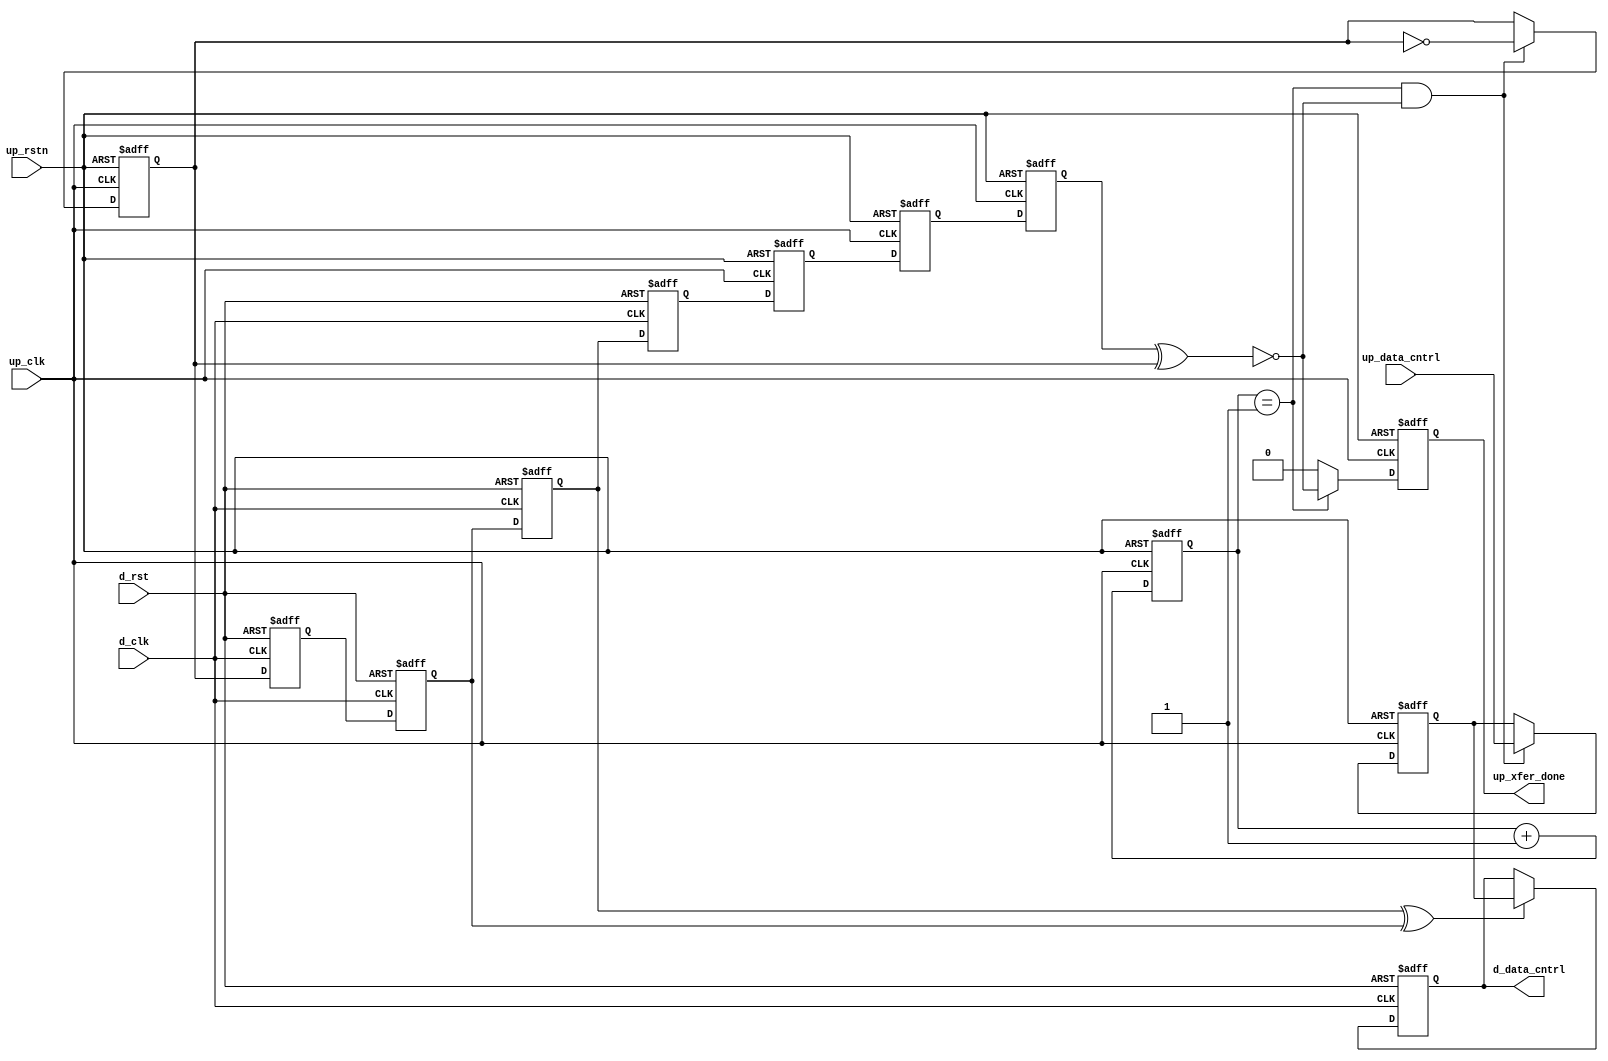
// ***************************************************************************
// ***************************************************************************
// Copyright 2011(c) Analog Devices, Inc.
// 
// All rights reserved.
// 
// Redistribution and use in source and binary forms, with or without modification,
// are permitted provided that the following conditions are met:
//     - Redistributions of source code must retain the above copyright
//       notice, this list of conditions and the following disclaimer.
//     - Redistributions in binary form must reproduce the above copyright
//       notice, this list of conditions and the following disclaimer in
//       the documentation and/or other materials provided with the
//       distribution.
//     - Neither the name of Analog Devices, Inc. nor the names of its
//       contributors may be used to endorse or promote products derived
//       from this software without specific prior written permission.
//     - The use of this software may or may not infringe the patent rights
//       of one or more patent holders.  This license does not release you
//       from the requirement that you obtain separate licenses from these
//       patent holders to use this software.
//     - Use of the software either in source or binary form, must be run
//       on or directly connected to an Analog Devices Inc. component.
//    
// THIS SOFTWARE IS PROVIDED BY ANALOG DEVICES "AS IS" AND ANY EXPRESS OR IMPLIED WARRANTIES,
// INCLUDING, BUT NOT LIMITED TO, NON-INFRINGEMENT, MERCHANTABILITY AND FITNESS FOR A
// PARTICULAR PURPOSE ARE DISCLAIMED.
//
// IN NO EVENT SHALL ANALOG DEVICES BE LIABLE FOR ANY DIRECT, INDIRECT, INCIDENTAL, SPECIAL,
// EXEMPLARY, OR CONSEQUENTIAL DAMAGES (INCLUDING, BUT NOT LIMITED TO, INTELLECTUAL PROPERTY
// RIGHTS, PROCUREMENT OF SUBSTITUTE GOODS OR SERVICES; LOSS OF USE, DATA, OR PROFITS; OR 
// BUSINESS INTERRUPTION) HOWEVER CAUSED AND ON ANY THEORY OF LIABILITY, WHETHER IN CONTRACT,
// STRICT LIABILITY, OR TORT (INCLUDING NEGLIGENCE OR OTHERWISE) ARISING IN ANY WAY OUT OF 
// THE USE OF THIS SOFTWARE, EVEN IF ADVISED OF THE POSSIBILITY OF SUCH DAMAGE.
// ***************************************************************************
// ***************************************************************************

`timescale 1ns/100ps

module up_xfer_cntrl (

  // up interface

  up_rstn,
  up_clk,
  up_data_cntrl,
  up_xfer_done,

  // device interface

  d_rst,
  d_clk,
  d_data_cntrl);

  // parameters

  parameter     DATA_WIDTH = 8;
  localparam    DW = DATA_WIDTH - 1;

  // up interface

  input           up_rstn;
  input           up_clk;
  input   [DW:0]  up_data_cntrl;
  output          up_xfer_done;

  // device interface

  input           d_rst;
  input           d_clk;
  output  [DW:0]  d_data_cntrl;

  // internal registers

  reg             up_xfer_state_m1 = 'd0;
  reg             up_xfer_state_m2 = 'd0;
  reg             up_xfer_state = 'd0;
  reg     [ 5:0]  up_xfer_count = 'd0;
  reg             up_xfer_done = 'd0;
  reg             up_xfer_toggle = 'd0;
  reg     [DW:0]  up_xfer_data = 'd0;
  reg             d_xfer_toggle_m1 = 'd0;
  reg             d_xfer_toggle_m2 = 'd0;
  reg             d_xfer_toggle_m3 = 'd0;
  reg             d_xfer_toggle = 'd0;
  reg     [DW:0]  d_data_cntrl = 'd0;

  // internal signals

  wire            up_xfer_enable_s;
  wire            d_xfer_toggle_s;

  // device control transfer

  assign up_xfer_enable_s = up_xfer_state ^ up_xfer_toggle;

  always @(negedge up_rstn or posedge up_clk) begin
    if (up_rstn == 1'b0) begin
      up_xfer_state_m1 <= 'd0;
      up_xfer_state_m2 <= 'd0;
      up_xfer_state <= 'd0;
      up_xfer_count <= 'd0;
      up_xfer_done <= 'd0;
      up_xfer_toggle <= 'd0;
      up_xfer_data <= 'd0;
    end else begin
      up_xfer_state_m1 <= d_xfer_toggle;
      up_xfer_state_m2 <= up_xfer_state_m1;
      up_xfer_state <= up_xfer_state_m2;
      up_xfer_count <= up_xfer_count + 1'd1;
      up_xfer_done <= (up_xfer_count == 6'd1) ? ~up_xfer_enable_s : 1'b0;
      if ((up_xfer_count == 6'd1) && (up_xfer_enable_s == 1'b0)) begin
        up_xfer_toggle <= ~up_xfer_toggle;
        up_xfer_data <= up_data_cntrl;
      end
    end
  end

  assign d_xfer_toggle_s = d_xfer_toggle_m3 ^ d_xfer_toggle_m2;

  always @(posedge d_clk or posedge d_rst) begin
    if (d_rst == 1'b1) begin
      d_xfer_toggle_m1 <= 'd0;
      d_xfer_toggle_m2 <= 'd0;
      d_xfer_toggle_m3 <= 'd0;
      d_xfer_toggle <= 'd0;
      d_data_cntrl <= 'd0;
    end else begin
      d_xfer_toggle_m1 <= up_xfer_toggle;
      d_xfer_toggle_m2 <= d_xfer_toggle_m1;
      d_xfer_toggle_m3 <= d_xfer_toggle_m2;
      d_xfer_toggle <= d_xfer_toggle_m3;
      if (d_xfer_toggle_s == 1'b1) begin
        d_data_cntrl <= up_xfer_data;
      end
    end
  end

endmodule

// ***************************************************************************
// ***************************************************************************